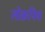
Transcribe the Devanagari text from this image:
लोक्रपिय